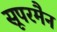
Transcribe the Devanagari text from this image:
सूपरमैन